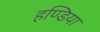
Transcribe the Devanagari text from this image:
हण्डिया